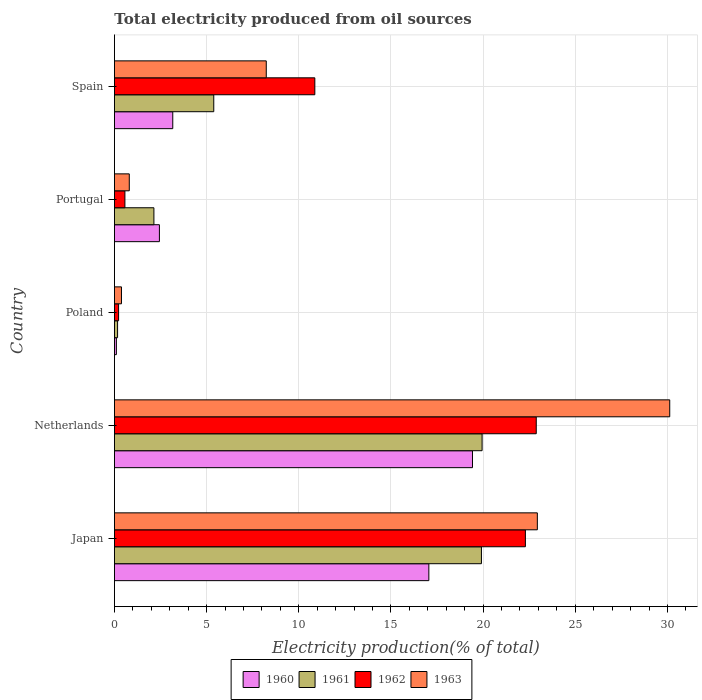
| Country | 1960 | 1961 | 1962 | 1963 |
 | --- | --- | --- | --- | --- |
 | Japan | 17.1 | 19.9 | 22.3 | 22.9 |
 | Netherlands | 19.4 | 19.9 | 22.9 | 30.1 |
 | Poland | 0.106 | 0.171 | 0.226 | 0.382 |
 | Portugal | 2.44 | 2.14 | 0.568 | 0.805 |
 | Spain | 3.16 | 5.39 | 10.9 | 8.24 |